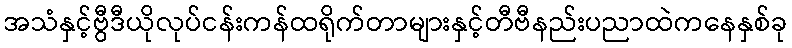
အသံနှင့်ဗွီဒီယိုလုပ်ငန်းကန်ထရိုက်တာများနှင့်တီဗီနည်းပညာထဲကနေနှစ်ခု